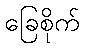
ခြေစိုက်